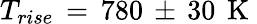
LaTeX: T_{rise}\, =\, 780\, \pm\, 30\, \mathrm{~K~}